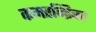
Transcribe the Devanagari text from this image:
कमरन्द्रिका